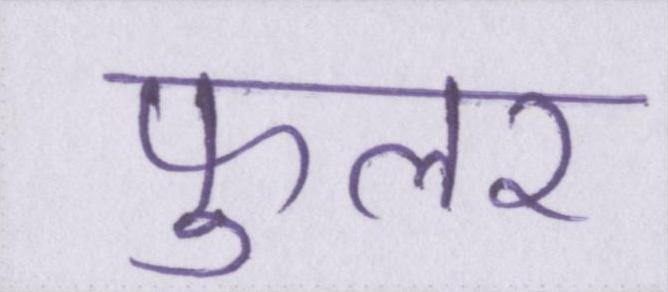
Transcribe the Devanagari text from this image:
फुलर